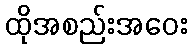
ထိုအစည်းအဝေး